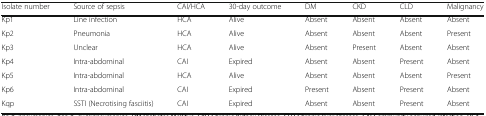
<table><thead><tr><td><b>Isolate number</b></td><td><b>Source of sepsis</b></td><td><b>CAI/HCA</b></td><td><b>30-day outcome</b></td><td><b>DM</b></td><td><b>CKD</b></td><td><b>CLD</b></td><td><b>Malignancy</b></td></tr></thead><tbody><tr><td>Kp1</td><td>Line infection</td><td>HCA</td><td>Alive</td><td>Absent</td><td>Absent</td><td>Absent</td><td>Absent</td></tr><tr><td>Kp2</td><td>Pneumonia</td><td>HCA</td><td>Alive</td><td>Absent</td><td>Absent</td><td>Absent</td><td>Present</td></tr><tr><td>Kp3</td><td>Unclear</td><td>HCA</td><td>Alive</td><td>Absent</td><td>Present</td><td>Absent</td><td>Absent</td></tr><tr><td>Kp4</td><td>Intra-abdominal</td><td>CAI</td><td>Expired</td><td>Absent</td><td>Absent</td><td>Present</td><td>Absent</td></tr><tr><td>Kp5</td><td>Intra-abdominal</td><td>HCA</td><td>Alive</td><td>Absent</td><td>Absent</td><td>Absent</td><td>Present</td></tr><tr><td>Kp6</td><td>Intra-abdominal</td><td>CAI</td><td>Expired</td><td>Present</td><td>Absent</td><td>Present</td><td>Absent</td></tr><tr><td>Kqp</td><td>SSTI (Necrotising fasciitis)</td><td>CAI</td><td>Expired</td><td>Absent</td><td>Absent</td><td>Present</td><td>Absent</td></tr></tbody></table>